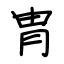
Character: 胄